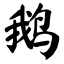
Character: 鹅